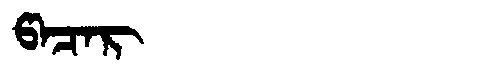
Manchu: ᡦᠠᠴᠠᡵ
Romanization: PACAR